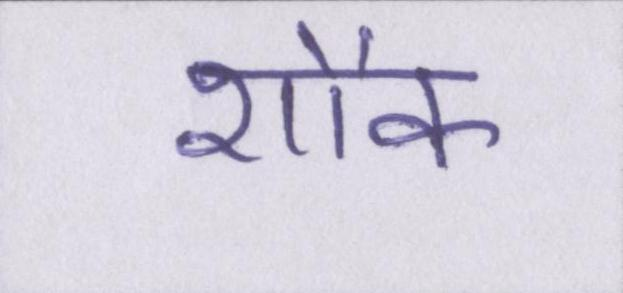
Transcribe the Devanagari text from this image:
शौक